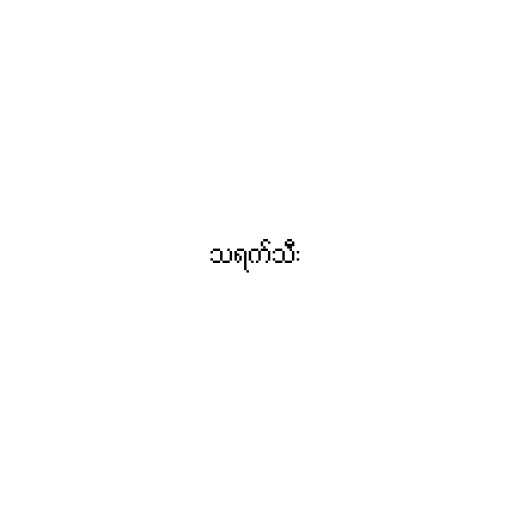
သရက်သီး